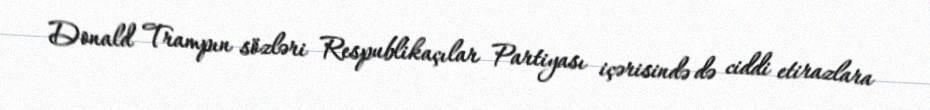
Donald Trampın sözləri Respublikaçılar Partiyası içərisində də ciddi etirazlara